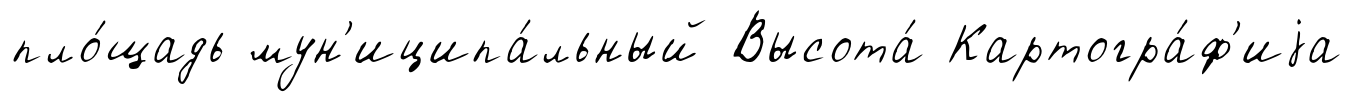
пло́щадь мун'иципа́льный Высота́ Картогра́ф'иjа